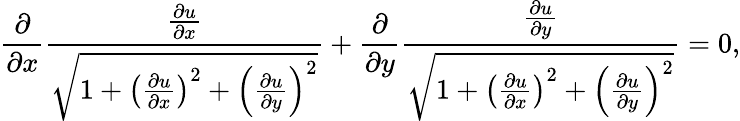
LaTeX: {\frac{\partial}{\partial x}}{\frac{\frac{\partial u}{\partial x}}{\sqrt{1+\left({\frac{\partial u}{\partial x}}\right)^{2}+\left({\frac{\partial u}{\partial y}}\right)^{2}}}}+{\frac{\partial}{\partial y}}{\frac{\frac{\partial u}{\partial y}}{\sqrt{1+\left({\frac{\partial u}{\partial x}}\right)^{2}+\left({\frac{\partial u}{\partial y}}\right)^{2}}}}=0,